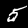
Label: 5